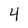
Character: 4